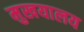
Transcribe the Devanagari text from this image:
मुखयालय